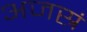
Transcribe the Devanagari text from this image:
अजस्रं